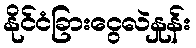
နိုင်ငံခြားငွေလဲနှုန်း